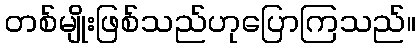
တစ်မျိုးဖြစ်သည်ဟုပြောကြသည်။